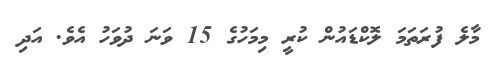
މާލެ ފުރަތަމަ ލޮކްޑައުން ކުރީ މިމަހުގެ 15 ވަނަ ދުވަހު އެވެ. އަދި